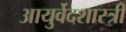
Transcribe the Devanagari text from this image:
आयुर्वेदशास्‍त्री